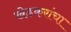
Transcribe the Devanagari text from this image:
खेडकरांचा